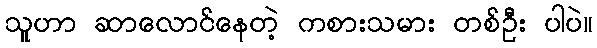
သူဟာ ဆာလောင်နေတဲ့ ကစားသမား တစ်ဦး ပါပဲ။